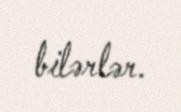
bilərlər.